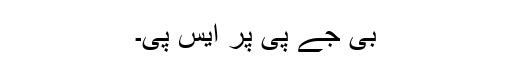
بی جے پی پر ایس پی۔